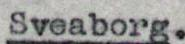
Sveaborg.